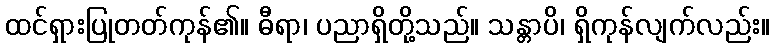
ထင်ရှားပြုတတ်ကုန်၏။ ဓီရာ၊ ပညာရှိတို့သည်။ သန္တာပိ၊ ရှိကုန်လျက်လည်း။